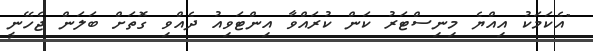
"އެކަމަކު އިއްޔެ މިނިސްޓަރު ކަން ކުރައްވާ އިންޓަވިއު ދެއްވި ގޮތަށް ބަލަން ޖެހޭނީ